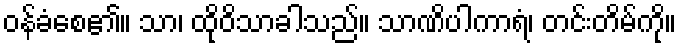
ဝန်ခံစေ၏။ သာ၊ ထိုဝိသာခါသည်။ သာဏိပါကာရံ၊ တင်းတိမ်ကို။